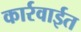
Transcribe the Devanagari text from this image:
कार्रवाईत